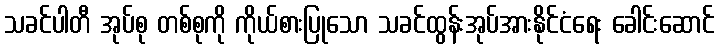
သခင်ပါတီ အုပ်စု တစ်စုကို ကိုယ်စားပြုသော သခင်ထွန်းအုပ်အားနိုင်ငံရေး ခေါင်းဆောင်